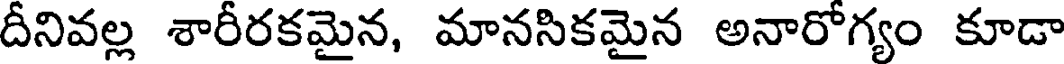
దీనివల్ల శారీరకమైన, మానసికమైన అనారోగ్యం కూడా